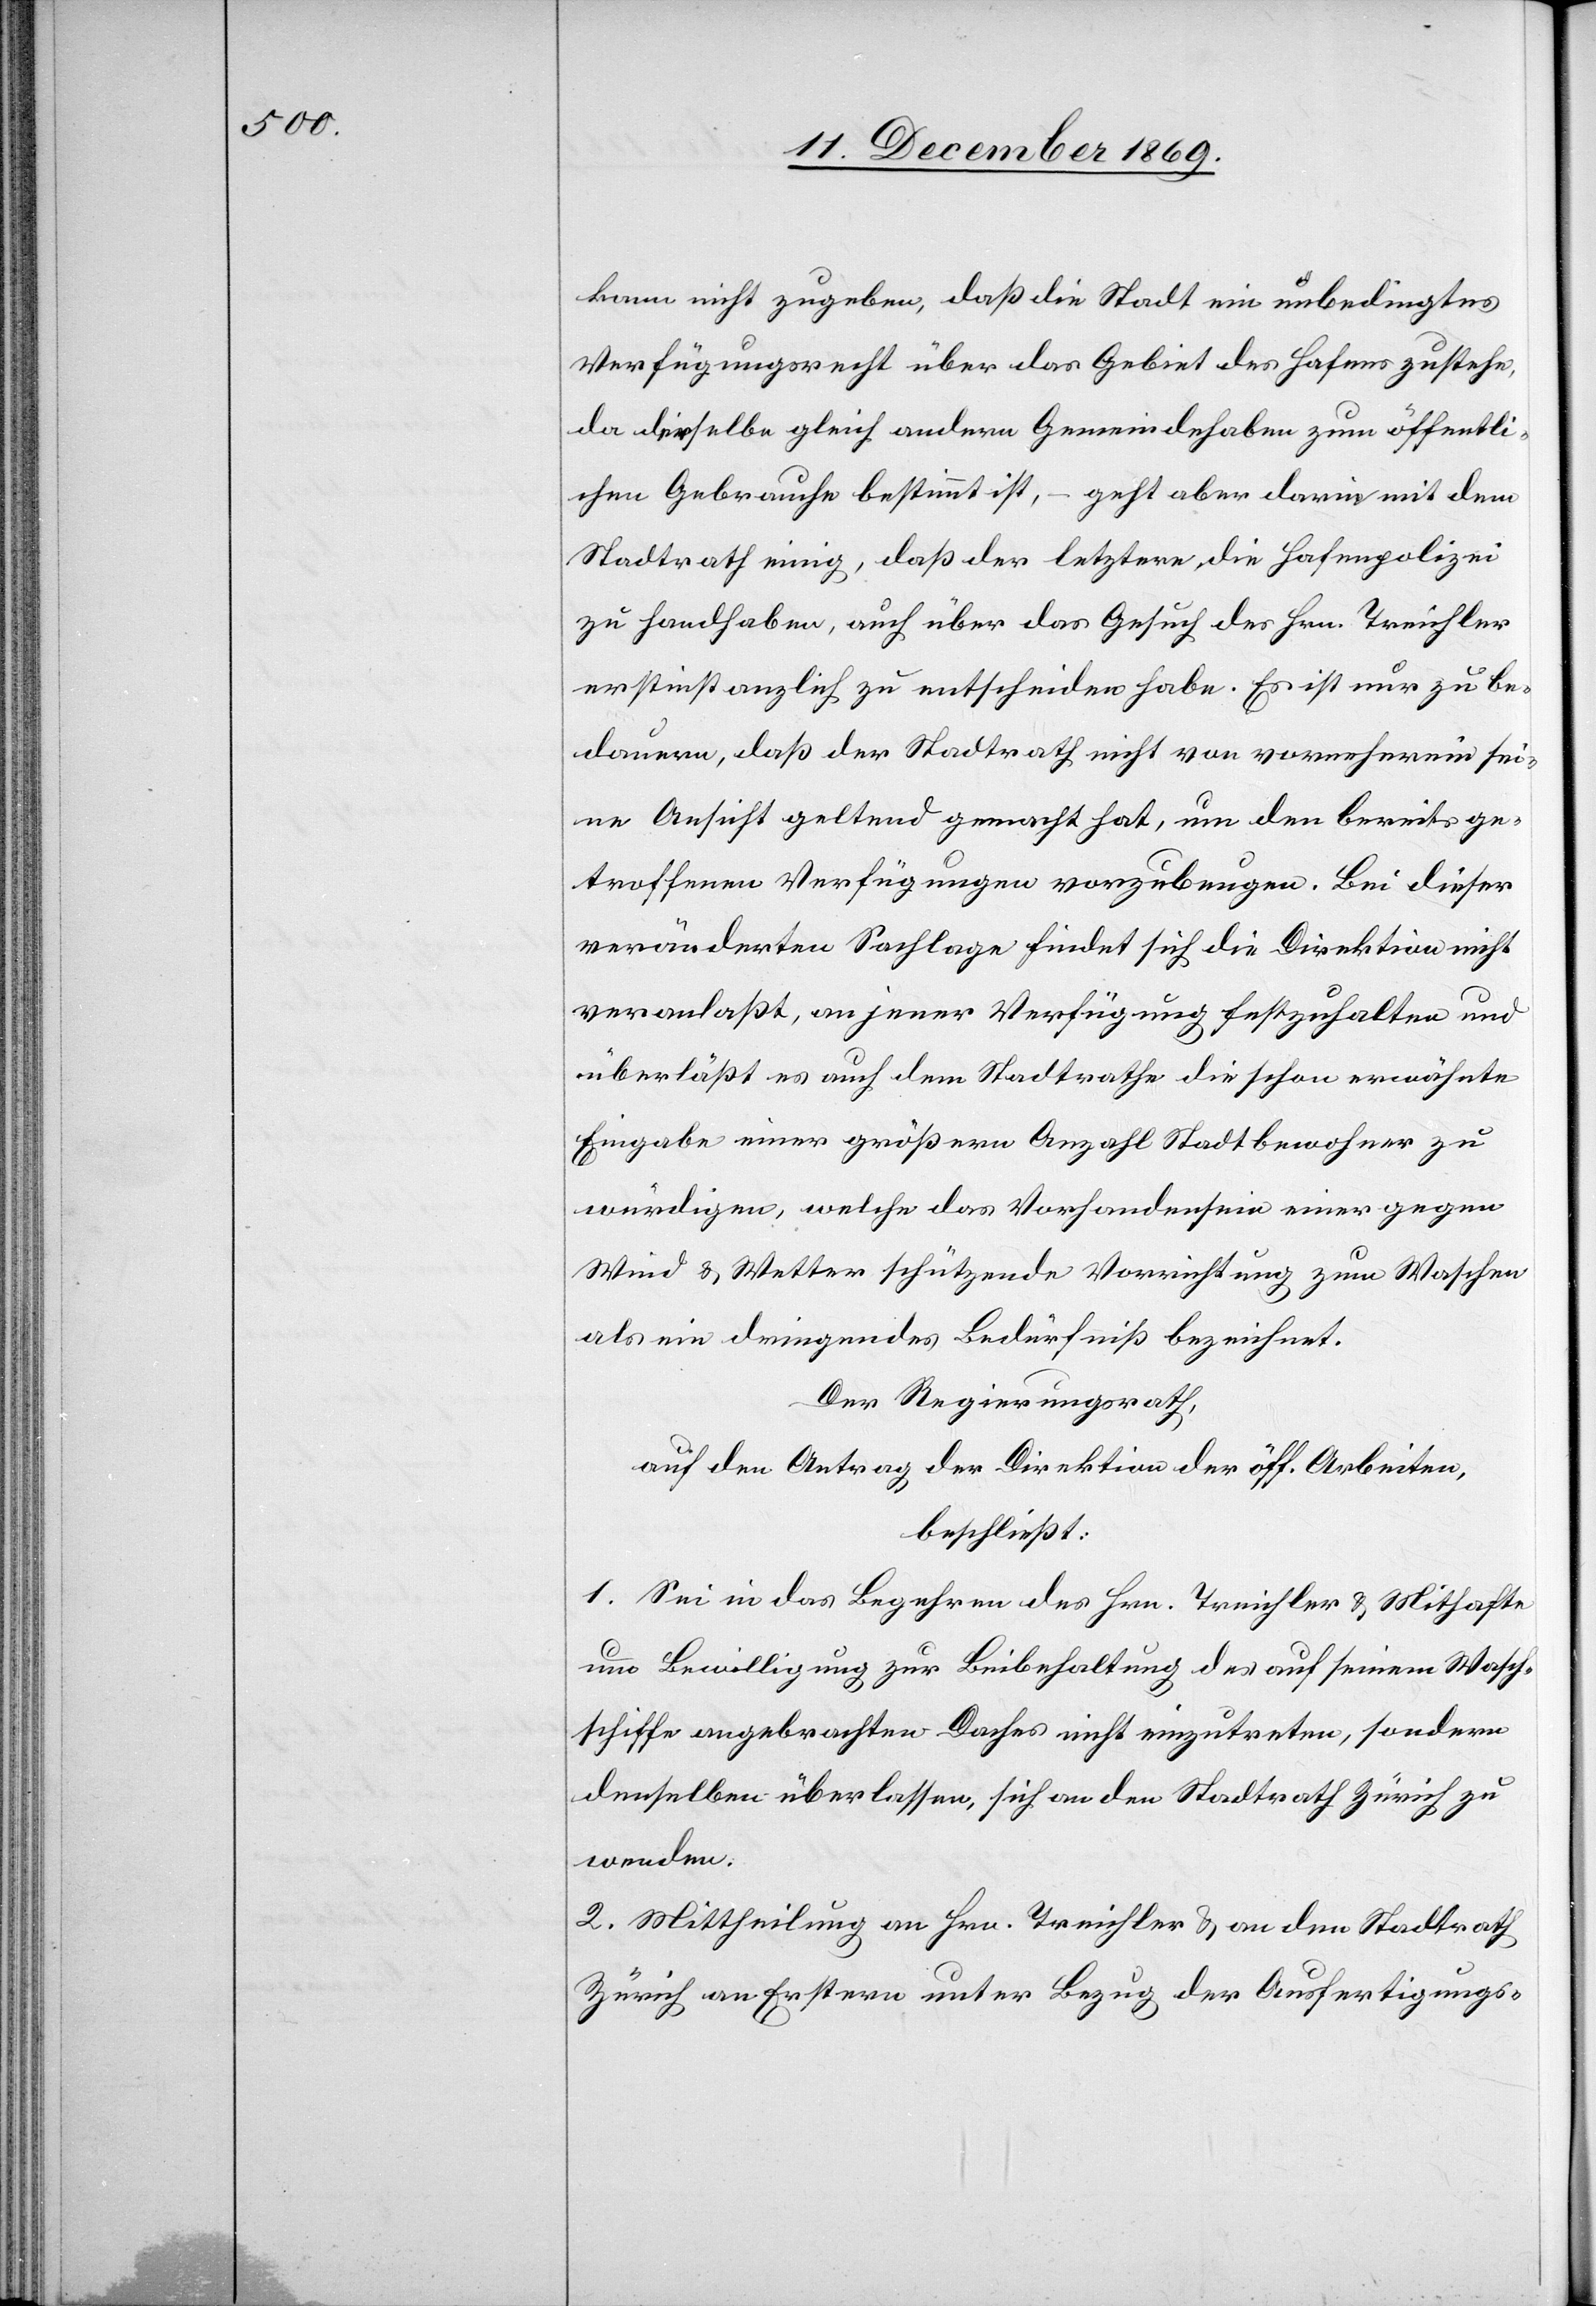
kann nicht zugeben, daß die [recte: der] Stadt ein unbedingtes
Verfügungsrecht über das Gebiet des Hafens zustehe,
da derselbe gleich andern Gemeindehaben zum öffentli¬
chen Gebrauche bestimmt ist – geht aber darin mit dem
Stadtrath einig, daß der letztere die Hafenpolizei
zu handhaben, auch über das Gesuch des Hrn. Treichler
erstinstanzlich zu entscheiden habe. Es ist nur zu be¬
dauern, daß der Stadtrath nicht von vorneherein sei¬
ne Ansicht geltend gemacht hat, um den bereits ge¬
troffenen Verfügungen vorzubeugen. Bei dieser
veränderten Sachlage findet sich die Direktion nicht
veranlaßt, an jener Verfügung festzuhalten und
überläßt es auch dem Stadtrathe die schon erwähnte
Eingabe einer größern Anzahl Stadtbewohner zu
würdigen, welche das Vorhandensein einer gegen
Wind & Wetter schützende[n] Vorrichtung zum Waschen
als ein dringendes Bedürfniß bezeichnet.
Der Regierungsrath,
auf den Antrag der Direktion der öff. Arbeiten,
beschließt:
1. Sei in das Begehren des Hrn. Treichler & Mithafte
um Bewilligung zur Beibehaltung des auf seinem Wasch¬
schiffe angebrachten Daches nicht einzutreten, sondern
denselben überlassen, sich an den Stadtrath Zürich zu
wenden.
2. Mittheilung an Hrn. Treichler & an den Stadtrath
Zürich an Erstern unter Bezug der Ausfertigungs-